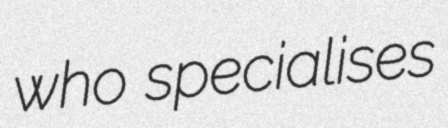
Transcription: who specialises